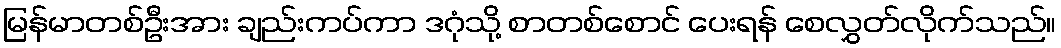
မြန်မာတစ်ဦးအား ချည်းကပ်ကာ ဒဂုံသို့ စာတစ်စောင် ပေးရန် စေလွှတ်လိုက်သည်။